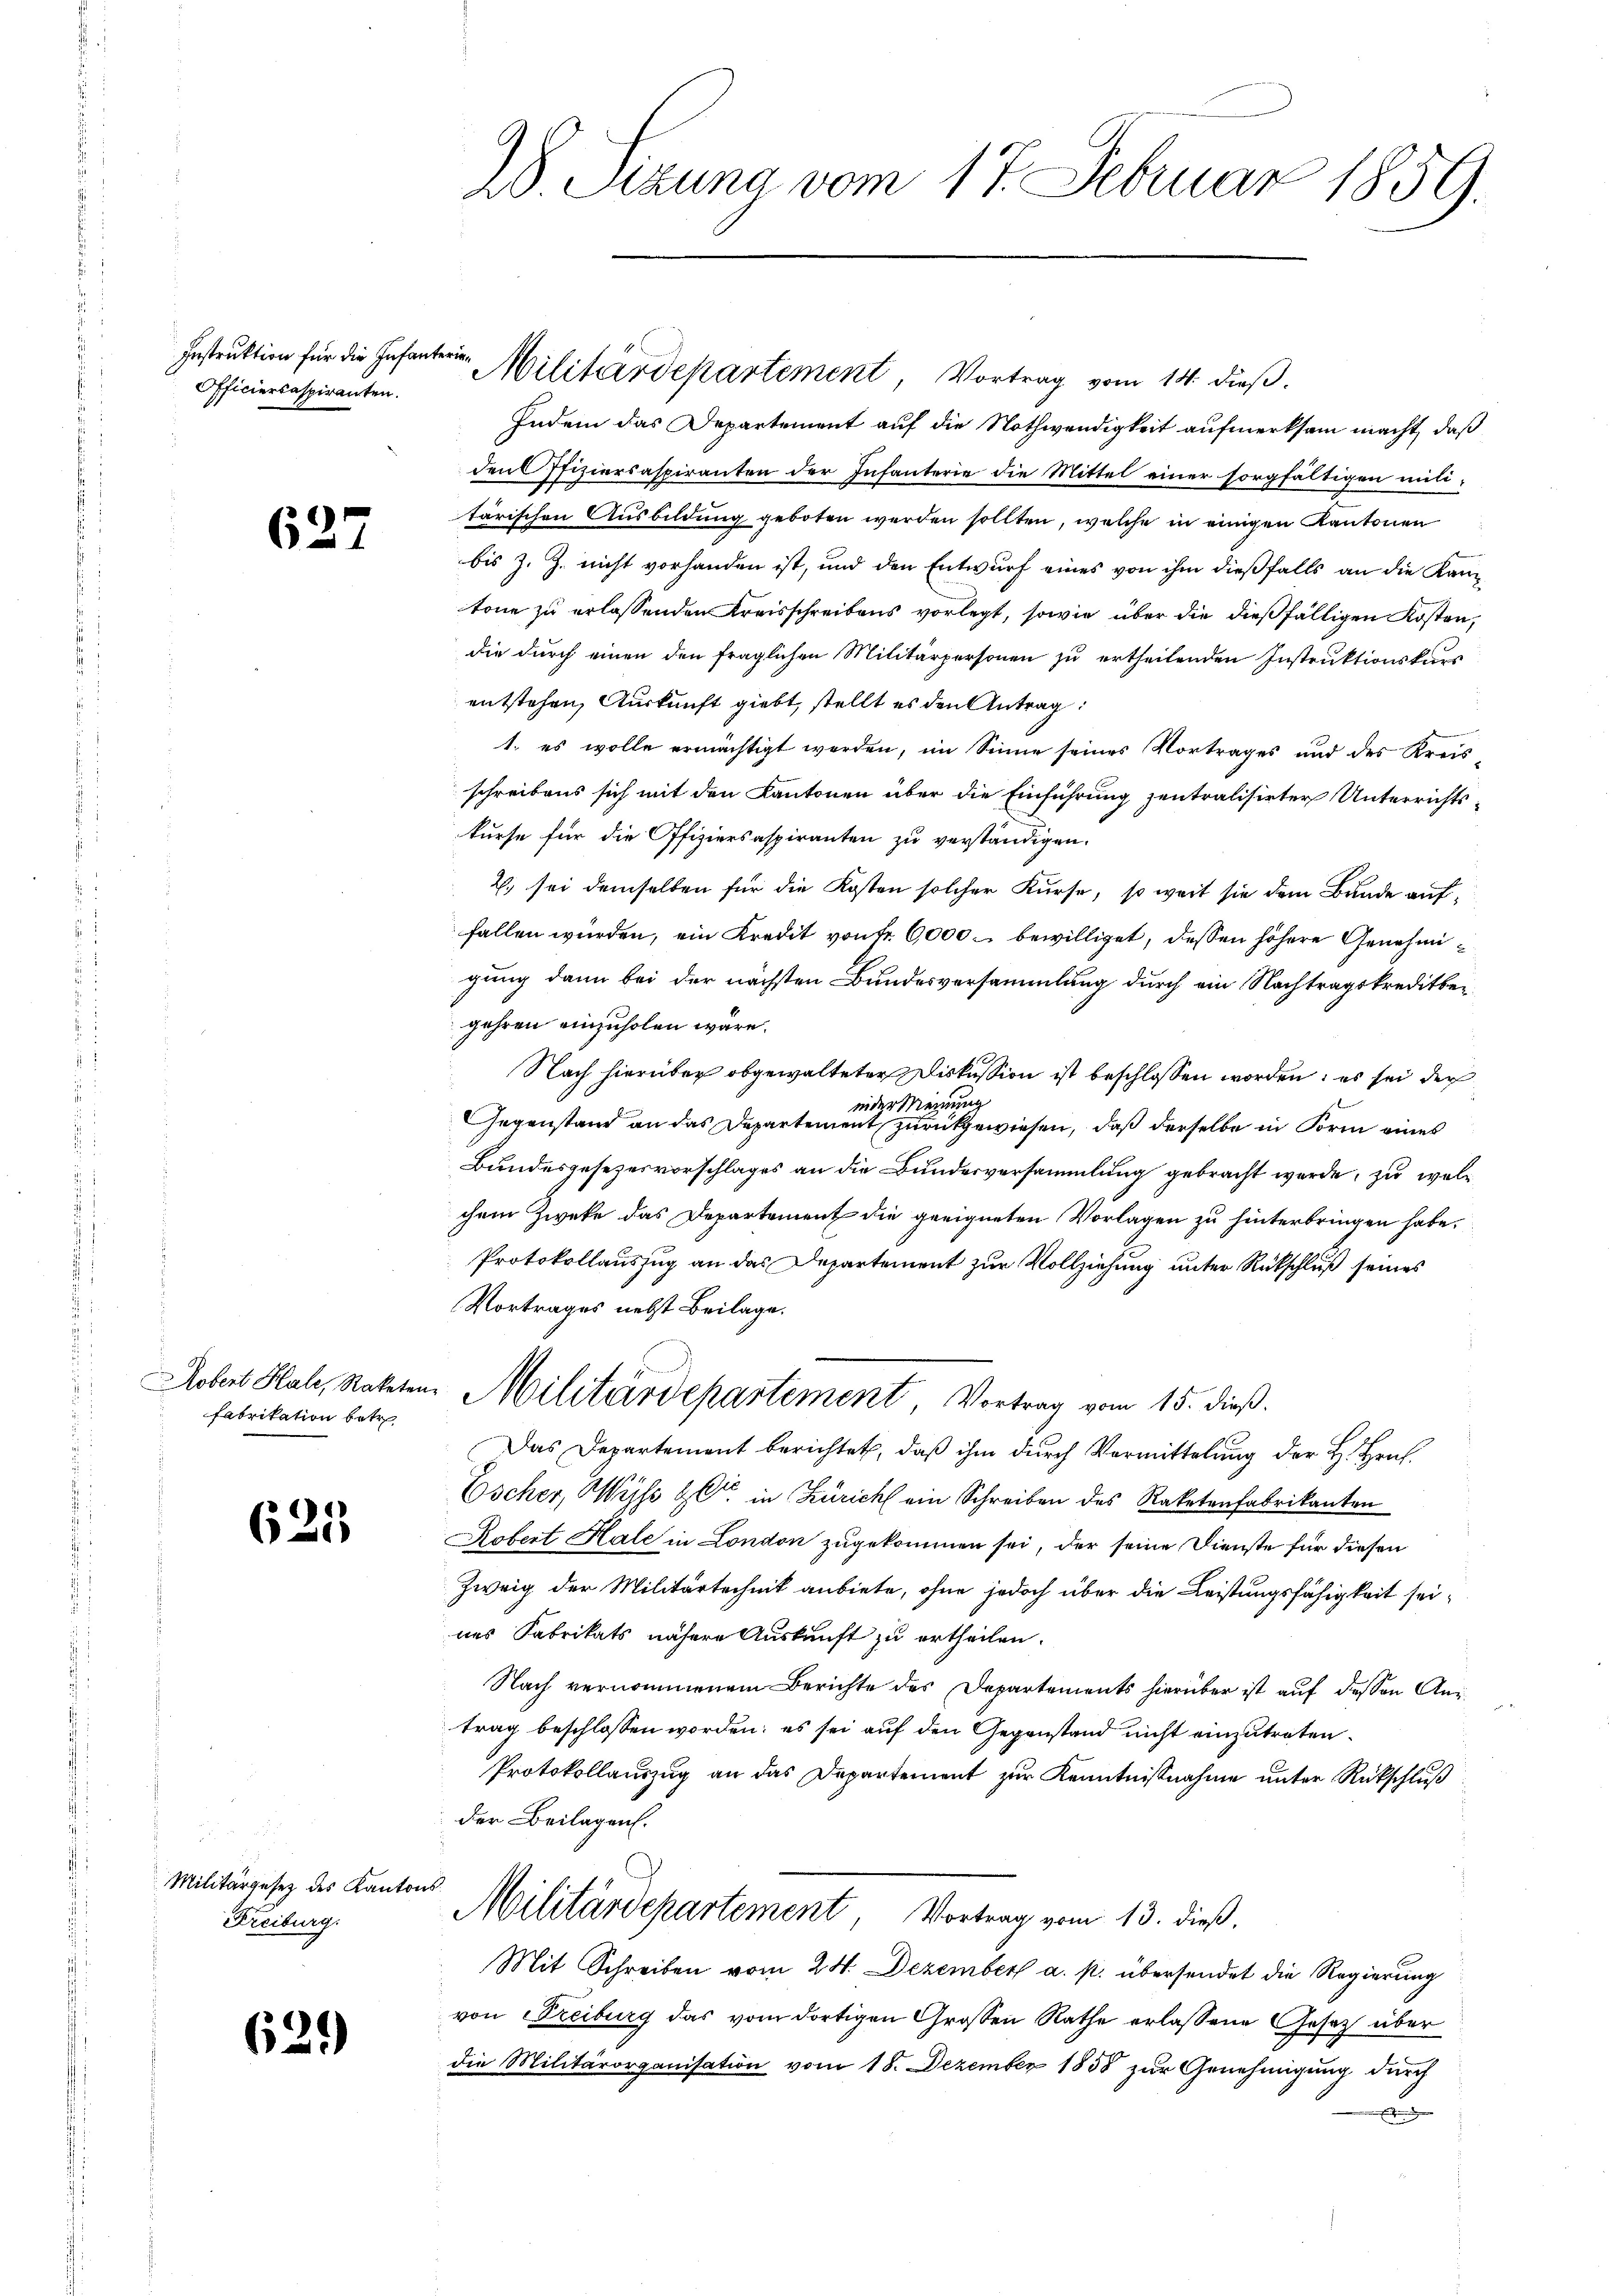
Instruktion für die Infanterie¬
Officiercaspiranten.

627

Aobert Hale, Raketen.
fabrikation betr

625

Militärgesetz des Kantons¬
Freiburg.

639

28. Sezuna vom 17. Februar 1859.

Militärdepartement, Vortrag vom 14. dieß.
Indem das Departement auf die Nothwendigkeit aufmerksam macht, daß
den Offiziersaspiranten der Infanterie die Mittel einer sorgfältigen mili-
tärischen Ausbildung geboten werden sollten, welche in einigen Kantonen
bis z. Z. nicht vorhanden ist, und den Entwurf eines von ihm dießfalls an die Kantone zu erlassenden Kreisschreibens vorlegt, sowie über die dießfälligen Kosten,
die durch einen den fraglichen Militärpersonen zu ertheilenden Instruktionskars
entstehen, Auskunft giebt, stellt es den Antrag:
1. es wolle ermächtigt worden, im Sinne seines Vortrages und des Kreis
schreibens sich mit den Kantonen über die Einführung zentralisirter Unterrichtskurse für die Offiziersaspiranten zu verständigen.
2) sei demselben für die Kosten solcher Kurse, so weit sie dem Bunde auffallen würden, ein Kredit von Fr. 6000 bewilliget, dessen höhere Genehmigung dann bei der nächsten Bundesversammlung durch ein Nachtragskreditbegehren einzuholen wäre.
Nach hierüber obgewalteter Diskussion ist beschlossen worden, es sei der
inder Meinung
Gegenstand an das Departement zurückgewiesen, daß derselbe in Form eines
Bundesgesezesvorschlages an die Bundesversammlung gebracht werde, zu welchem Zweke das Departement die geeigneten Vorlagen zu hinterbringen habe.
Protokollauszug an das Departement zur Vollziehung unter Rückschluß seines
Vortrages nebst Beilage.
Militärdepartement Vortrag vom 15. dieß.
Das Departement berichtet, daβ ihm durch Vormittelung der H. Hrn.
Escher, Wyss alt in Zürich ein Schreiben des Raketenfabrikanton
Kobert Hale in London zugekommen sei, der seine Dienste für diesen
Zweig der Militärtechnik anbiete, ohne jedoch über die Leistungsfähigkeit seines Fabrikats nähere Auskunft zu ertheilen.
Nach vernommenem Berichte des Departements hierüber ist auf dessen Antrag beschlossen worden; es sei auf den Gegenstand nicht einzutreten.
Protokollauszug an das Departement zur Kenntnißnahme unter Rückschluß
der Beilagen.
Militärdepartement, Vortrag vom 13. dieß.
Mit Schreiben vom 24. Dezember a. p. übersendet die Regierung
von Freiburg das vom dortigen Grossen Rathe erlassene Gesetz über
die Militärorganisation vom 18. Dezember 1858 zur Genehmigung durch